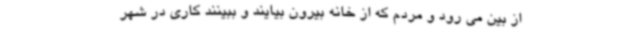
از بین می رود و مردم که از خانه بیرون بیایند و ببینند کاری در شهر